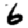
Digit: 6